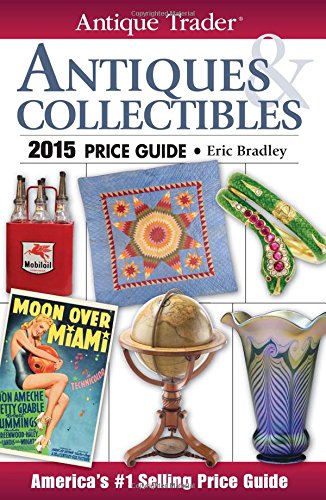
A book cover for Antique Trader Antiques & Collectibles Price Guide 2015 (Antique Trader Antiques and Collectibles Price Guide); Crafts, Hobbies & Home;